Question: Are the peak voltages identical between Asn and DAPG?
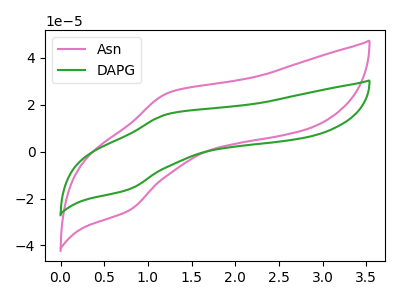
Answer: <think>The pink curve "Asn" has an anodic peak at (1.25V, 25.10uA) and a cathodic peak at (0.80V, -25.15uA). The green curve "DAPG" has an anodic peak at (1.25V, 16.10uA) and a cathodic peak at (0.80V, -16.15uA).</think>
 <answer>Yes, "Asn" have a peak in "DAPG" at the same potential.</answer>
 <eval>match</eval>